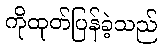
ကိုထုတ်ပြန်ခဲ့သည်